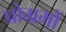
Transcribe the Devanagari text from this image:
प्रोग्रमों